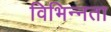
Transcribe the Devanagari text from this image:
विभिन्‍नता